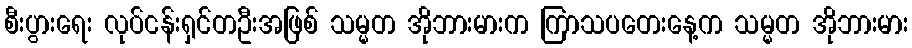
စီးပွားရေး လုပ်ငန်းရှင်တဦးအဖြစ် သမ္မတ အိုဘားမားက ကြာသပတေးနေ့က သမ္မတ အိုဘားမား